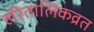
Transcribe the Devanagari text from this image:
हरितालिकव्रत